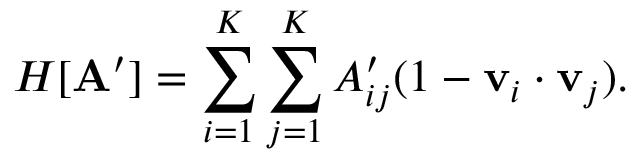
H [ \mathbf { A } ^ { \prime } ] = \sum _ { i = 1 } ^ { K } \sum _ { j = 1 } ^ { K } A _ { i j } ^ { \prime } ( 1 - \mathbf { v } _ { i } \cdot \mathbf { v } _ { j } ) .